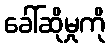
ခေါ်ဆိုမှုကို